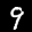
Label: 9